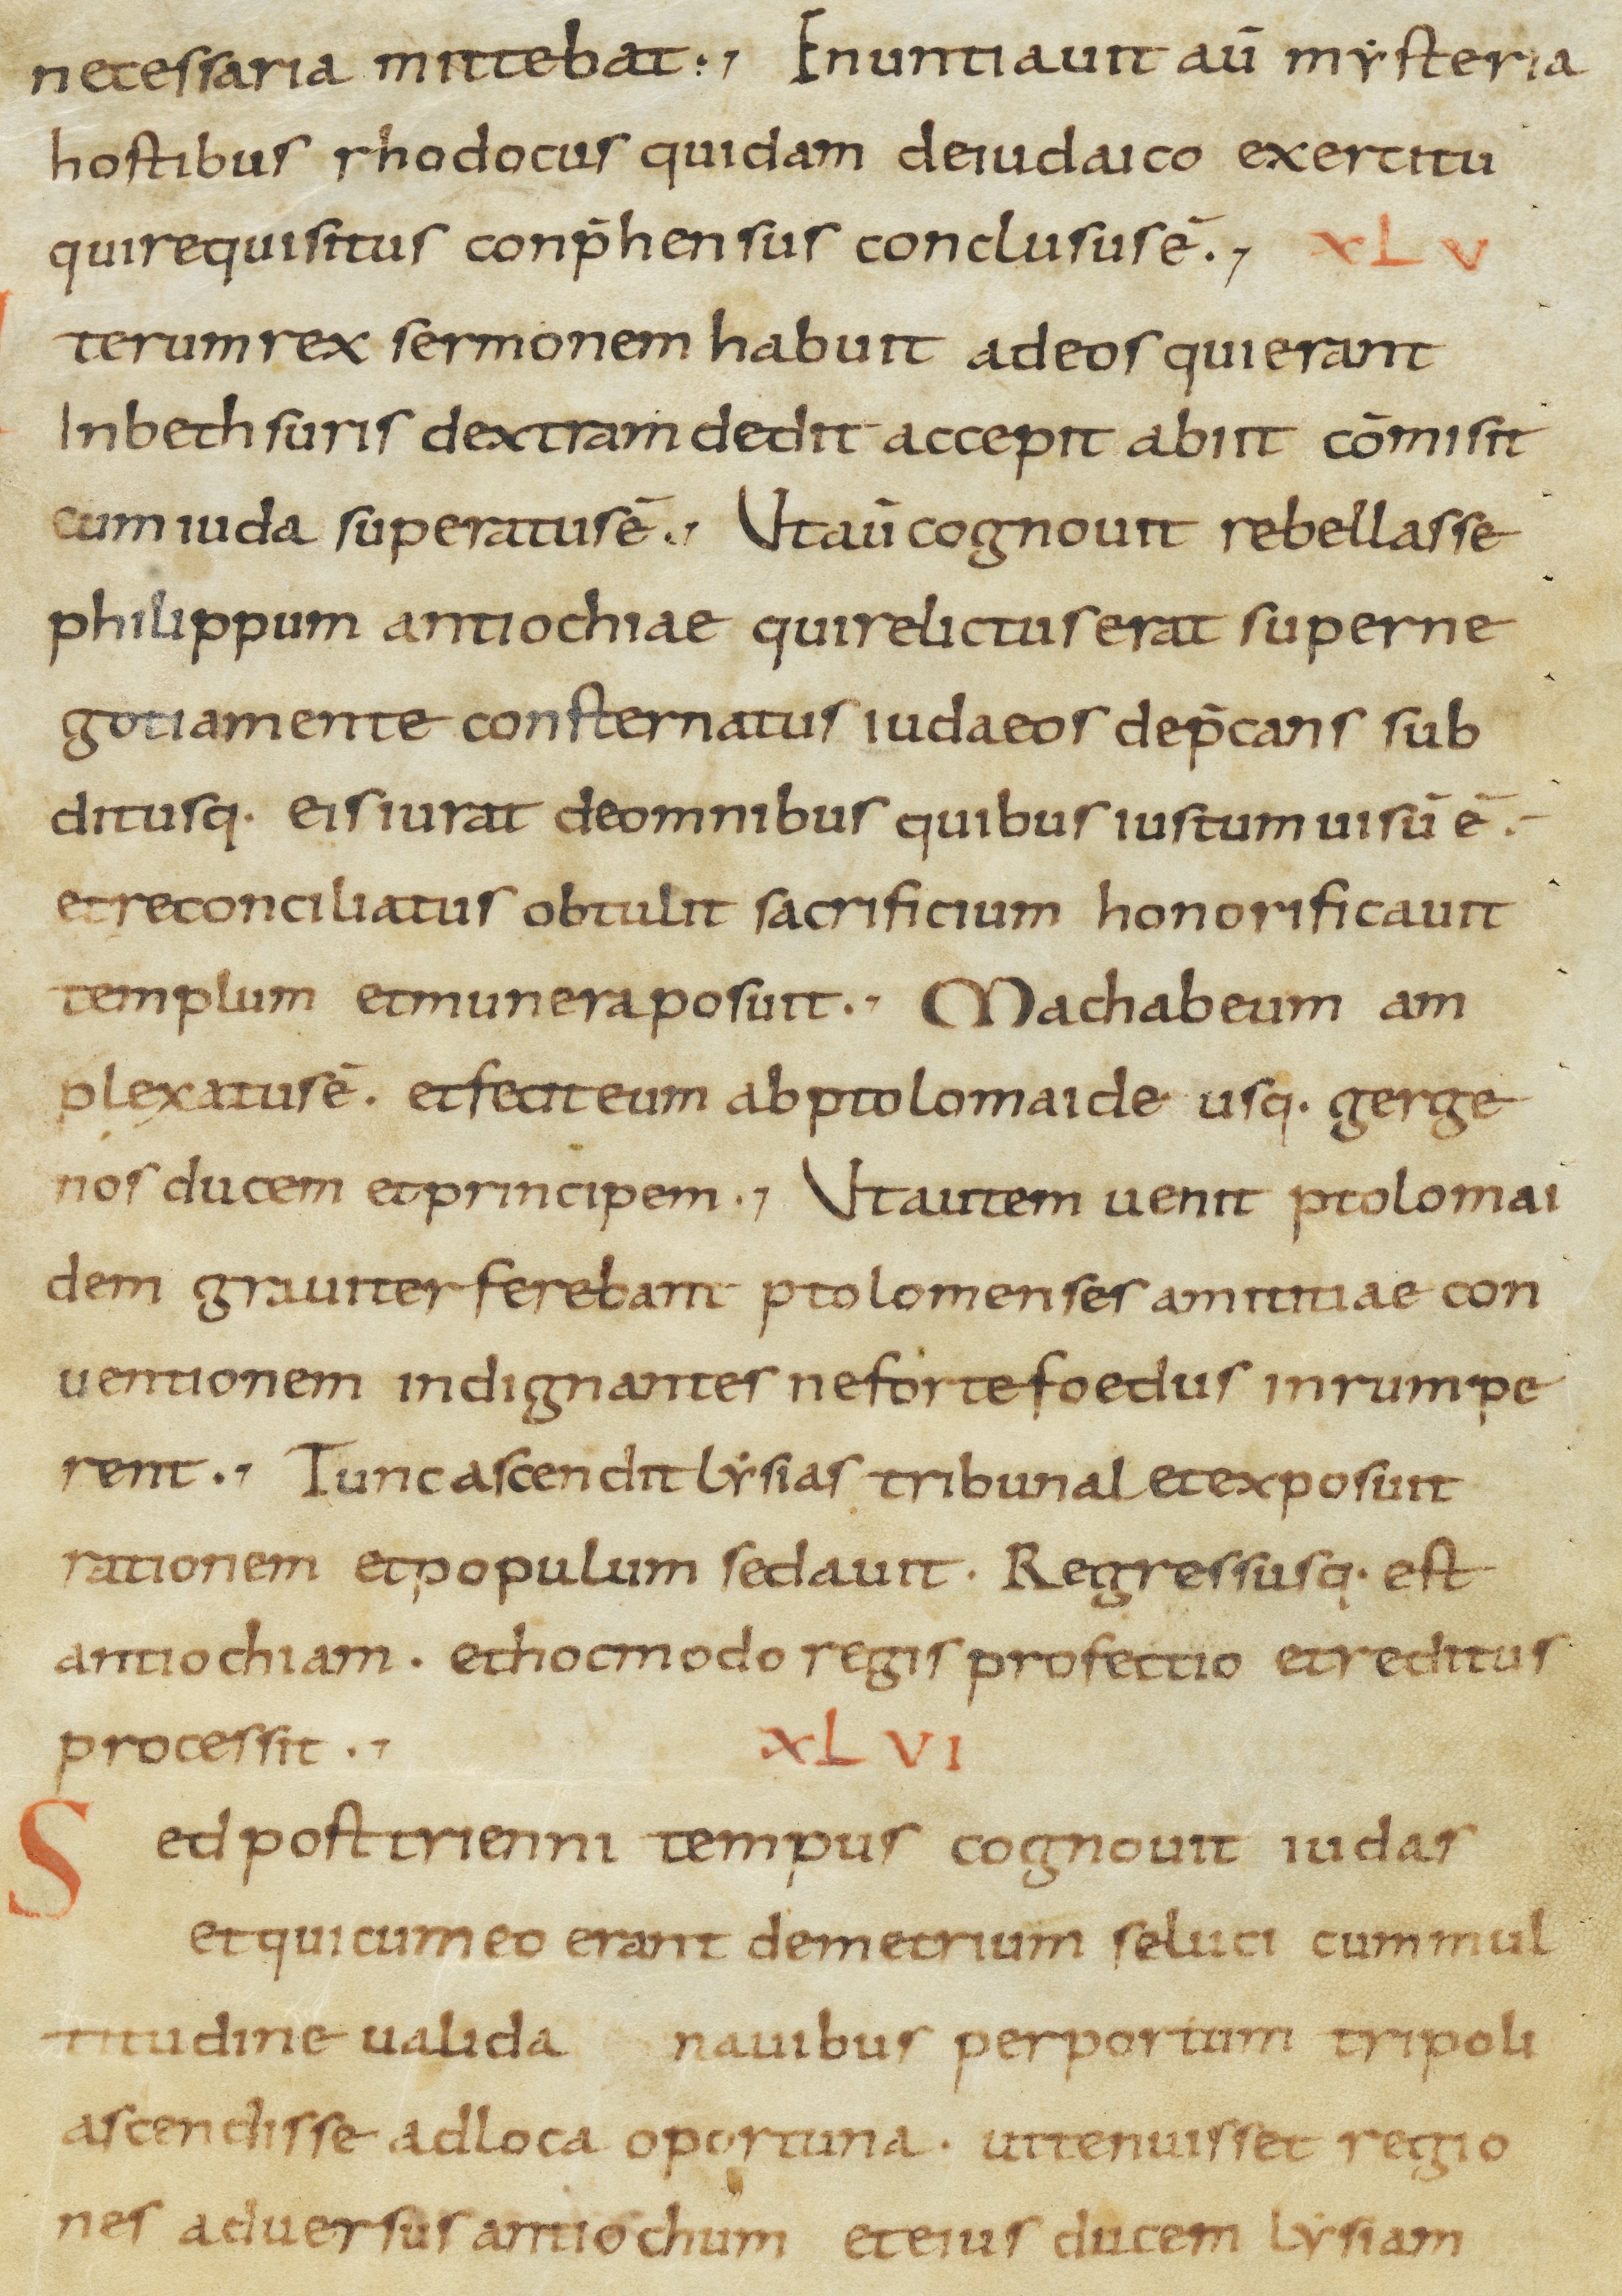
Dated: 800–899